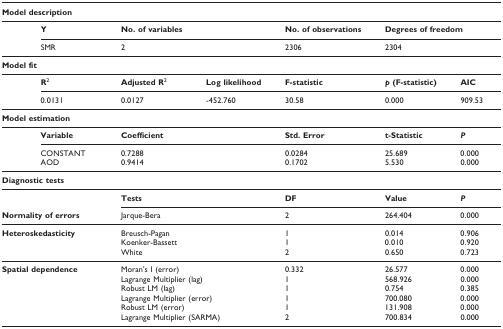
<table><thead><tr><td colspan="7"><b>Model description</b></td></tr></thead><tbody><tr><td></td><td><b>Y</b></td><td><b>No. of variables</b></td><td></td><td><b>No. of observations</b></td><td colspan="2"><b>Degrees of freedom</b></td></tr><tr><td></td><td>SMR</td><td>2</td><td></td><td>2306</td><td>2304</td><td></td></tr><tr><td colspan="7"><b>Model fit</b></td></tr><tr><td></td><td><b>R</b><sup>2</sup></td><td><b>Adjusted R</b><sup>2</sup></td><td><b>Log likelihood</b></td><td><b>F-statistic</b></td><td><b><i>p </i>(F-statistic)</b></td><td><b>AIC</b></td></tr><tr><td></td><td>0.0131</td><td>0.0127</td><td>-452.760</td><td>30.58</td><td>0.000</td><td>909.53</td></tr><tr><td colspan="7"><b>Model estimation</b></td></tr><tr><td></td><td><b>Variable</b></td><td><b>Coefficient</b></td><td></td><td><b>Std. Error</b></td><td><b>t-Statistic</b></td><td><b><i>P</i></b></td></tr><tr><td></td><td>CONSTANT</td><td>0.7288</td><td></td><td>0.0284</td><td>25.689</td><td>0.000</td></tr><tr><td></td><td>AOD</td><td>0.9414</td><td></td><td>0.1702</td><td>5.530</td><td>0.000</td></tr><tr><td colspan="7"><b>Diagnostic tests</b></td></tr><tr><td></td><td></td><td><b>Tests</b></td><td></td><td><b>DF</b></td><td><b>Value</b></td><td><b><i>P</i></b></td></tr><tr><td colspan="2"><b>Normality of errors</b></td><td colspan="2">Jarque-Bera</td><td>2</td><td>264.404</td><td>0.000</td></tr><tr><td colspan="2"><b>Heteroskedasticity</b></td><td colspan="2">Breusch-Pagan</td><td>1</td><td>0.014</td><td>0.906</td></tr><tr><td></td><td></td><td colspan="2">Koenker-Bassett</td><td>1</td><td>0.010</td><td>0.920</td></tr><tr><td></td><td></td><td colspan="2">White</td><td>2</td><td>0.650</td><td>0.723</td></tr><tr><td colspan="2"><b>Spatial dependence</b></td><td colspan="2">Moran&#x27;s I (error)</td><td>0.332</td><td>26.577</td><td>0.000</td></tr><tr><td></td><td></td><td colspan="2">Lagrange Multiplier (lag)</td><td>1</td><td>568.926</td><td>0.000</td></tr><tr><td></td><td></td><td colspan="2">Robust LM (lag)</td><td>1</td><td>0.754</td><td>0.385</td></tr><tr><td></td><td></td><td colspan="2">Lagrange Multiplier (error)</td><td>1</td><td>700.080</td><td>0.000</td></tr><tr><td></td><td></td><td colspan="2">Robust LM (error)</td><td>1</td><td>131.908</td><td>0.000</td></tr><tr><td></td><td></td><td colspan="2">Lagrange Multiplier (SARMA)</td><td>2</td><td>700.834</td><td>0.000</td></tr></tbody></table>